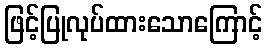
ဖြင့်ပြုလုပ်ထားသောကြောင့်